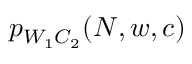
p _ { W _ { 1 } C _ { 2 } } ( N , w , c )